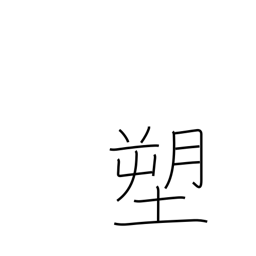
Meaning: molding